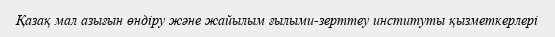
Қазақ мал азығын өндіру және жайылым ғылыми-зерттеу институты қызметкерлері